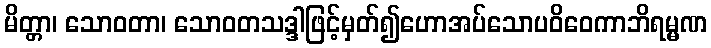
မိတ္တာ၊ သောဝတာ၊ သောဝတသဒ္ဒါဖြင့်မှတ်၍ဟောအပ်သောပဝိဝေကာဘိရမ္မဏ